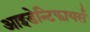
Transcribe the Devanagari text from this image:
आइडेन्टिफायर्स